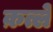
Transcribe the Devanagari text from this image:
क़त्ले